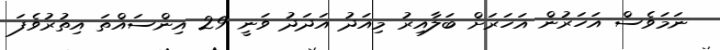
ނަމަވެސް އަހަރުން އަހަރަށް ބަލާއިރު މިއަދު އަދަދު ވަނީ 29 އިންސައްތަ އިތުރުވެފަ